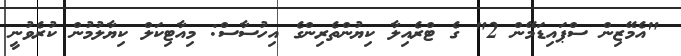
"އެމޭޒިން ސްޕައިޑަމޭން 2" ގެ ޓްރެއިލާ ކިޔުންތެރިންގެ އިހުސާސް: މިއާޓިކަލް ކިޔާލުމުން ކުރެވުނީ